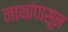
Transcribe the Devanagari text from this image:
नाथांपासून